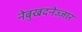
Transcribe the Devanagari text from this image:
नेबुखदनेज्ज़ार